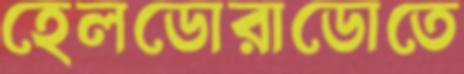
হেলডোরাডোতে